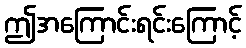
ဤအကြောင်းရင်းကြောင့်